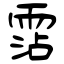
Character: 霑